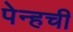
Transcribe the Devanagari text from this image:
पेन्हची